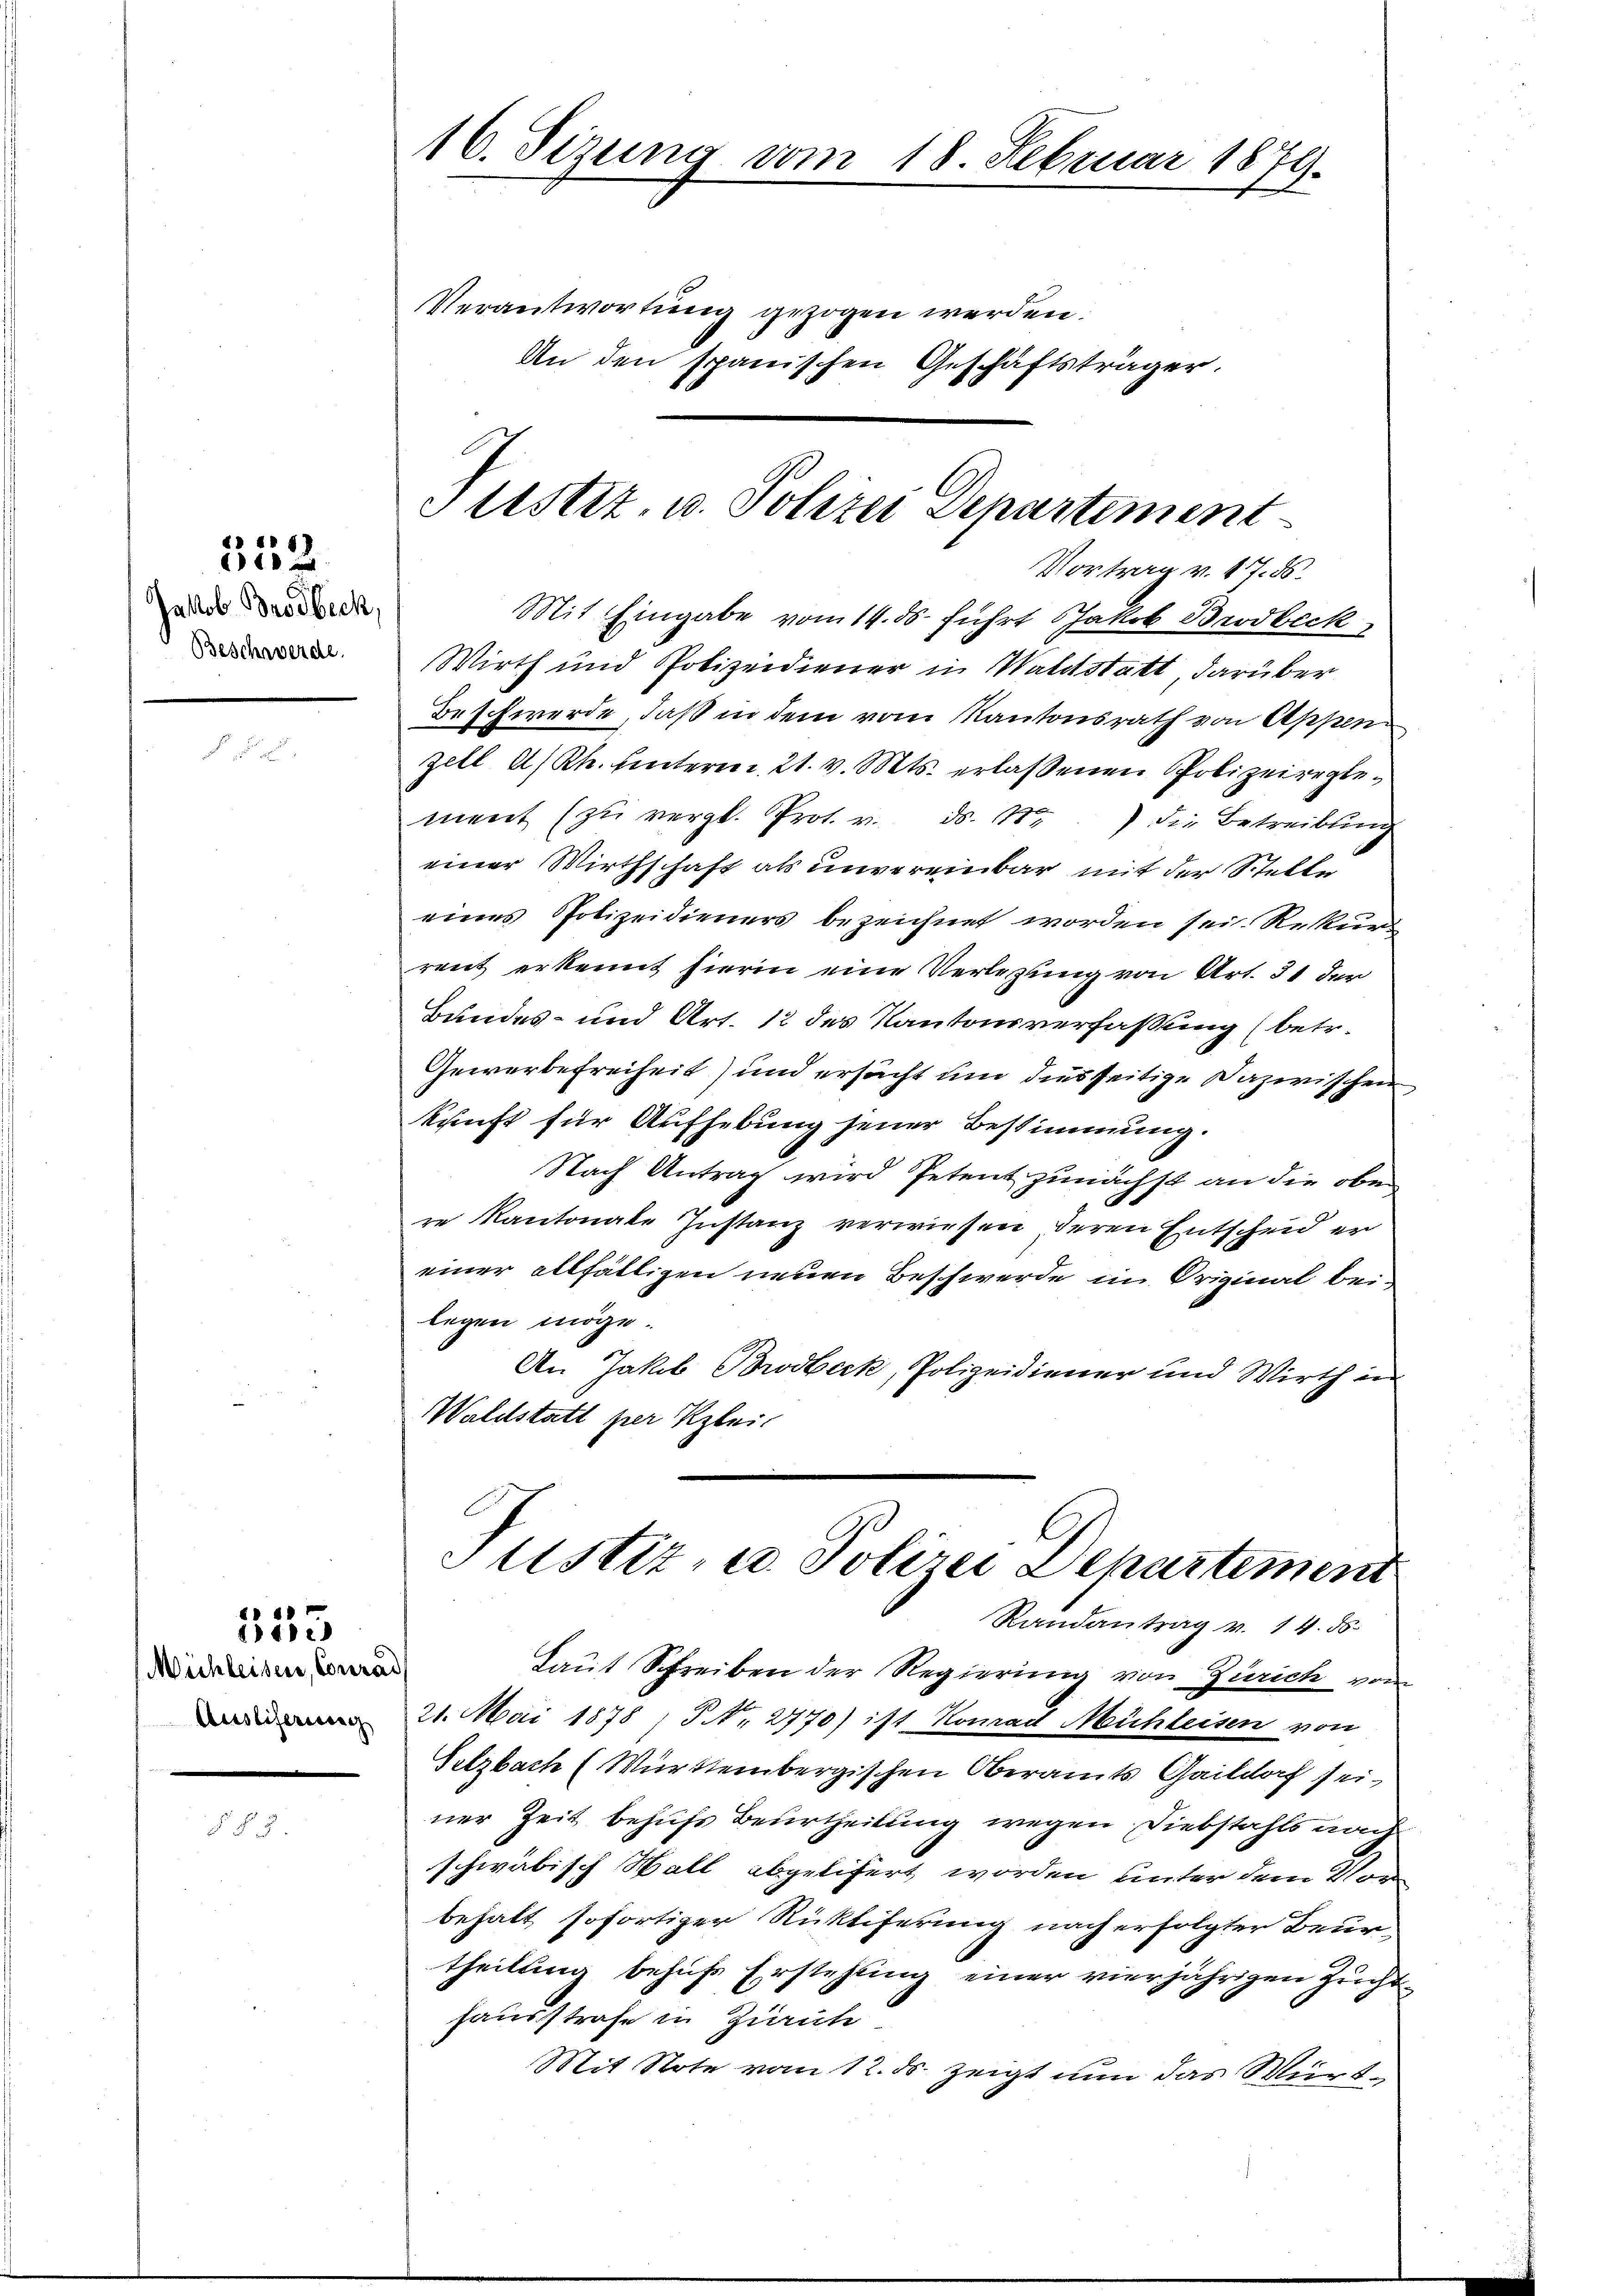
312.

Jakob Brodbeck.
Beschwerde.

553

Michleisen, Coura
Ausliserung

16. Sizung vom 18. Februar 1879.

Verantwortung gezogen werden.
An den spanischen Geschäftsträger.

Vortrag v. 17. ds.
Mit Eingabe vom 14. ds. führt Jakob Brodbeck
Wirth und Polizeidiener in Waldstatt, darüber
Beschwerde, daß in dem vom Kantonsrath von Appen
Zell A/Rh. hinterm 21. v. Mts. erlassenen Polizeireglement (zu vergl. Prot. v. ds. 1) die Betreibung
einer Wirthschaft als unvereinbar mit der Stelle
eines Polizeidieners bezeichnet worden sei. Rekur
rent erkennt hierin eine Verlesung von Art. 31 der
Bundes- und Art. 12 des Kantonsverfaßung (betr.
Gewerbefreiheit) und ersucht um diesseitige Dazwischen
kunft für Aufhebung seiner Bestimmung.
Nach Antrag wird Petent zunächst an die oben
re Kantonale Instanz verwiesen deren Entscheid er
einer allfälligen neuen Beschwerde im Original bei-
legen möge.
An Jakob Brodbeck, Polizeidiener und Wirth in
Waldstatt per Klei

Laut Schreiben der Regierung von Zürich vom
21. Mai 1878; P. Nr. 2770) ist Konrad Mühleisen von
Selzbach (Württembergischen Oberamts Gaildorf sei,
ner Zeit behufs Beurtheilung wegen Diebstahls nach
schwäbisch Wall abgelifert worden, unter dem Vorbehalt sofortiger Rüktiferung nach erfolgter Beurtheilung behufs Erstehung einer vierjährigen Zucht
hausstrafe in Zürich
Mit Note vom 12. ds. zeigt nun das Würt¬

Justiz, u. Polizei Departement

Justiz- u. Polizei Departement
Randantrag v. 14. ds.